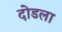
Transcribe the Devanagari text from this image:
दोडला